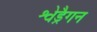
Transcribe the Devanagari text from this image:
श्वेड्रैगन